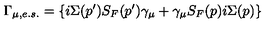
\Gamma _ { \mu , e . s . } = \left\{ i \Sigma ( p ^ { \prime } ) S _ { F } ( p ^ { \prime } ) \gamma _ { \mu } + \gamma _ { \mu } S _ { F } ( p ) i \Sigma ( p ) \right\}